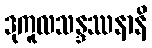
ဒုကူလသန္ဒဿနာနိ